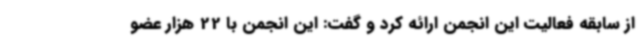
از سابقه فعالیت این انجمن ارائه کرد و گفت: این انجمن با 22 هزار عضو